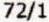
72/1